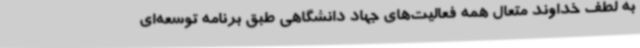
به لطف خداوند متعال همه فعالیت‌های جهاد دانشگاهی طبق برنامه توسعه‌ای